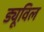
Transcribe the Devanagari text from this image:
ड्यूविल